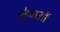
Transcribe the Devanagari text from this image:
शैैयाओं